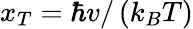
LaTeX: x_{T}=\hbar v/\left(k_{B}T\right)